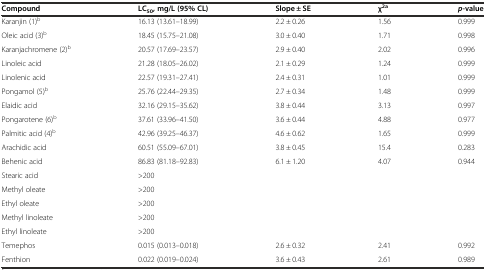
<table><thead><tr><td><b>Compound</b></td><td><b>LC<sub>50</sub>, mg/L (95% CL)</b></td><td><b>Slope ± SE</b></td><td><b>χ<sup>2a</sup></b></td><td><b><i>p</i>-value</b></td></tr></thead><tbody><tr><td>Karanjin (1)<sup>b</sup></td><td>16.13 (13.61–18.99)</td><td>2.2 ± 0.26</td><td>1.56</td><td>0.999</td></tr><tr><td>Oleic acid (3)<sup>b</sup></td><td>18.45 (15.75–21.08)</td><td>3.0 ± 0.40</td><td>1.71</td><td>0.998</td></tr><tr><td>Karanjachromene (2)<sup>b</sup></td><td>20.57 (17.69–23.57)</td><td>2.9 ± 0.40</td><td>2.02</td><td>0.996</td></tr><tr><td>Linoleic acid</td><td>21.28 (18.05–26.02)</td><td>2.1 ± 0.29</td><td>1.24</td><td>0.999</td></tr><tr><td>Linolenic acid</td><td>22.57 (19.31–27.41)</td><td>2.4 ± 0.31</td><td>1.01</td><td>0.999</td></tr><tr><td>Pongamol (5)<sup>b</sup></td><td>25.76 (22.44–29.35)</td><td>2.7 ± 0.34</td><td>1.48</td><td>0.999</td></tr><tr><td>Elaidic acid</td><td>32.16 (29.15–35.62)</td><td>3.8 ± 0.44</td><td>3.13</td><td>0.997</td></tr><tr><td>Pongarotene (6)<sup>b</sup></td><td>37.61 (33.96–41.50)</td><td>3.6 ± 0.44</td><td>4.88</td><td>0.977</td></tr><tr><td>Palmitic acid (4)<sup>b</sup></td><td>42.96 (39.25–46.37)</td><td>4.6 ± 0.62</td><td>1.65</td><td>0.999</td></tr><tr><td>Arachidic acid</td><td>60.51 (55.09–67.01)</td><td>3.8 ± 0.45</td><td>15.4</td><td>0.283</td></tr><tr><td>Behenic acid</td><td>86.83 (81.18–92.83)</td><td>6.1 ± 1.20</td><td>4.07</td><td>0.944</td></tr><tr><td>Stearic acid</td><td>&gt;200</td><td></td><td></td><td></td></tr><tr><td>Methyl oleate</td><td>&gt;200</td><td></td><td></td><td></td></tr><tr><td>Ethyl oleate</td><td>&gt;200</td><td></td><td></td><td></td></tr><tr><td>Methyl linoleate</td><td>&gt;200</td><td></td><td></td><td></td></tr><tr><td>Ethyl linoleate</td><td>&gt;200</td><td></td><td></td><td></td></tr><tr><td>Temephos</td><td>0.015 (0.013–0.018)</td><td>2.6 ± 0.32</td><td>2.41</td><td>0.992</td></tr><tr><td>Fenthion</td><td>0.022 (0.019–0.024)</td><td>3.6 ± 0.43</td><td>2.61</td><td>0.989</td></tr></tbody></table>